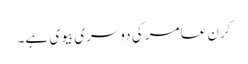
کرن عامر کی دوسری بیوی ہے۔